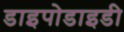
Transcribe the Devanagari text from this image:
डाइपोडाइडी